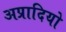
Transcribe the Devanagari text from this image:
अप्रादियो